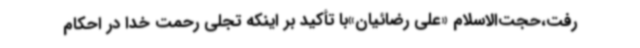
رفت،حجت‌الاسلام «علی رضائیان»با تأکید بر اینکه تجلی رحمت خدا در احکام